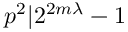
p ^ { 2 } | 2 ^ { 2 m \lambda } - 1